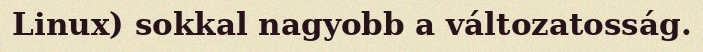
Linux) sokkal nagyobb a változatosság.